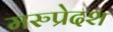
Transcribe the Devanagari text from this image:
मरुप्रेदश